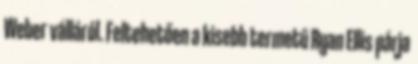
Weber válláról. Feltehetően a kisebb termetű Ryan Ellis párja